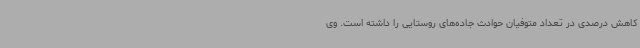
کاهش درصدی در تعداد متوفیان حوادث جاده‌های روستایی را داشته است. وی